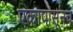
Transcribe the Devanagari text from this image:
एकापासूनच